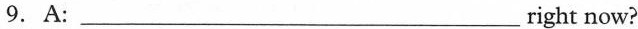
9. A: ___right now?